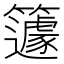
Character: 籧